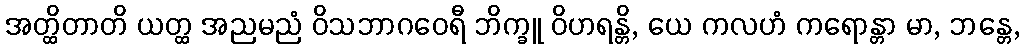
အတ္ထိတာတိ ယတ္ထ အညမညံ ဝိသဘာဂဝေရီ ဘိက္ခူ ဝိဟရန္တိ, ယေ ကလဟံ ကရောန္တာ မာ, ဘန္တေ,